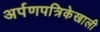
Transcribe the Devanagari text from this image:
अर्पणपत्रिकेखाली